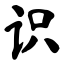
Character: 识